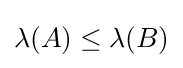
{\textstyle \lambda (A)\leq \lambda (B)}